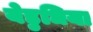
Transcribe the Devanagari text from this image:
येड़ुधिया